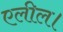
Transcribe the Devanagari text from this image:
एलील।